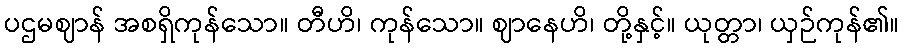
ပဌမဈာန် အစရှိကုန်သော။ တီဟိ၊ ကုန်သော။ ဈာနေဟိ၊ တို့နှင့်။ ယုတ္တာ၊ ယှဉ်ကုန်၏။